Report of the Indian Hemp Drugs Commission, 1894-1895 - Volume V
Year: 1894
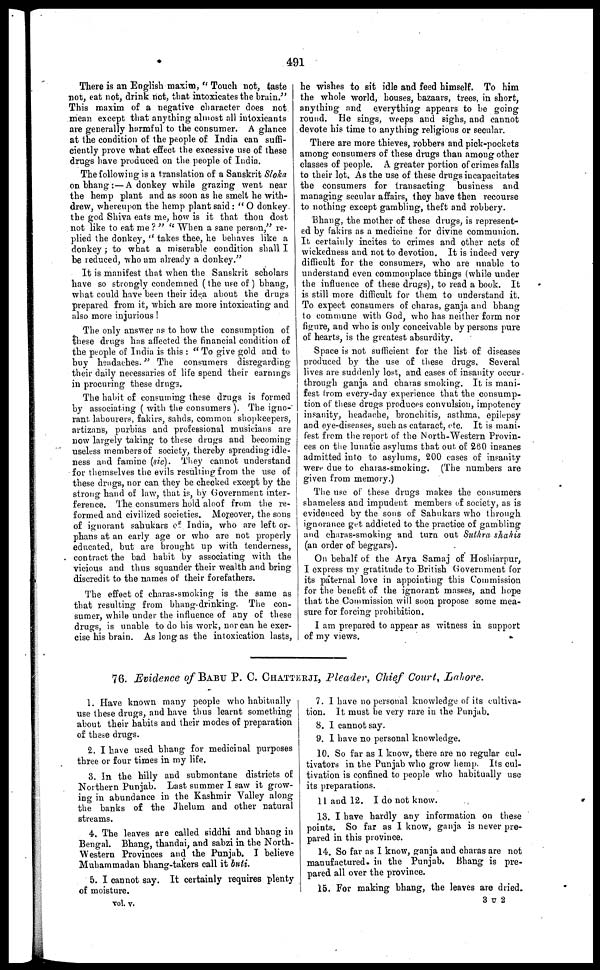
491
There is an English maxim , " Touch not, taste
not, eat not, drink not, that intoxicates the bruin."
This maxim of a negative character does not
mean except that anything almost all intoxicants
are generally harmful to the consumer. A glance
at the condition of the people of India can suffi-
ciently prove what effect the excessive use of these
drugs have produced on the people of India.
The following is a translation of a Sanskrit Sloka
on bhang :—A donkey while grazing went near
the hemp plant and as soon as he smelt he with-
drew, whereupon the hemp plant said : " O donkey
the god Shiva eats me, how is it that thou dost
not like to eat me ? " " When a sane person," re-
plied the donkey, " takes thee, he behaves like a
donkey; to what a miserable condition shall I
be reduced, who am already a donkey."
It is manifest that when the Sanskrit scholars
have so strongly condemned (the use of ) bhang,
what could have been their idea about the drugs
prepared from it, which are more intoxicating and
also more injurious !
The only answer as to how the consumption of
these drugs has affected the financial condition of
the people of India is this : " To give gold and to
buy headaches." The consumers disregarding
their daily necessaries of life spend their earnings
in procuring these drugs.
The habit of consuming these drugs is formed
by associating ( with the consumers ). The igno-
rant, labourers, fakirs, sahds, common shopkeepers,
artizans, purbias and professional musicians are
now largely taking to these drugs and becoming
useless members of society, thereby spreading idle-
ness and famine (sic). They cannot understand
for themselves the evils resulting from the use of
these drugs, nor can they be checked except by the
strong hand of law, that is, by Government inter-
ference. The consumers hold aloof from the re-
formed and civilized societies. Moreover, the sons
of ignorant sahukars of India, who are left or-
phans at an early age or who are not properly
educated, but are brought up with tenderness,
contract the bad habit by associating with the
vicious and thus squander their wealth and bring
discredit to the names of their forefathers.
The effect of charas-smoking is the same as
that resulting from bhang-drinking. The con-
sumer, while under the influence of any of these
drugs, is unable to do his work, nor can he exer-
cise his brain. As long as the intoxication lasts,
he wishes to sit idle and feed himself. To him
the whole world, houses, bazaars, trees, in short,
anything and everything appears to be going
round. He sings, weeps and sighs, and cannot
devote his time to anything religions or secular.
There are more thieves, robbers and pick-pockets
among consumers of these drugs than among other
classes of people. A greater portion of crimes falls
to their lot. As the use of these drugs incapacitates
the consumers for transacting business and
managing secular affairs, they have then recourse
to nothing except gambling, theft and robbery.
Bhang, the mother of these drugs, is represent-
ed by fakirs as a medicine for divine communion.
It certainly incites to crimes and other acts of
wickedness and not to devotion. It is indeed very
difficult for the consumers, who are unable to
understand even commonplace things (while under
the influence of these drugs), to read a book. It
is still more difficult for them to understand it.
To expect consumers of charas, ganja and bhang
to commune with God, who has neither form nor
figure, and who is only conceivable by persons pure
of hearts, is the greatest absurdity.
Space is not sufficient for the list of diseases
produced by the use of these drugs. Several
lives are suddenly lost, and cases of insanity occur
through ganja and charas smoking. It is mani-
fest from every-day experience that the consump-
tion of these drugs produces convulsion, impotency
insanity, headache, bronchitis, asthma, epilepsy
and eye-diseases, such as cataract, etc. It is mani-
fest from the report of the North-Western Provin-
ces on the lunatic asylums that out of 260 insanes
admitted into to asylums, 200 cases of insanity
were due to charas-smoking. (The numbers are
given from memory.)
The use of these drugs makes the consumers
shameless and impudent members of society, as is
evidenced by the sons of Sahukars who through
ignorance get addicted to the practice of gambling
and charas-smoking and turn out Suthra shahis
(an order of beggars).
On behalf of the Arya Samaj of Hoshiarpur,
I express my gratitude to British Government for
its paternal love in appointing this Commission
for the benefit of the ignorant masses, and hope
that the Commission will soon propose some mea-
sure for forcing prohibition.
I am prepared to appear as witness in support
of my views.
76. Evidence of BABU P. C. CHATTERJI, Pleader, Chief Court, Lahore.
1. Have known many people who habitually
use these drugs, and have thus learnt something
about their habits and their modes of preparation
of these drugs.
2. I have used bhang for medicinal purposes
three or four times in my life.
3. In the hilly and submontane districts of
Northern Punjab. Last summer I saw it grow-
ing in abundance in the Kashmir Valley along
the banks of the Jhelum and other natural
streams.
4. The leaves are called siddhi and bhang in
Bengal. Bhang, thandai, and sabzi in the North-
Western Provinces and the Punjab. I believe
Muharnmadan bhang-takers call it buti.
5. I cannot say. It certainly requires plenty
of moisture.
vol. v.
7. I have no personal knowledge of its cultiva-
tion. It must be very rare in the Punjab.
8. I cannot say.
9. I have no personal knowledge.
10. So far as I know, there are no regular cul-
tivators in the Punjab who grow hemp. Its cul-
tivation is confined to people who habitually use
its preparations.
11 and 12. I do not know.
13. I have hardly any information on these
points. So far as I know, ganja is never pre-
pared in this province.
14. So far as I know, ganja and charas are not
manufactured, in the Punjab. Bhang is pre-
pared all over the province.
15. For making bhang, the leaves are dried.
3 U 2